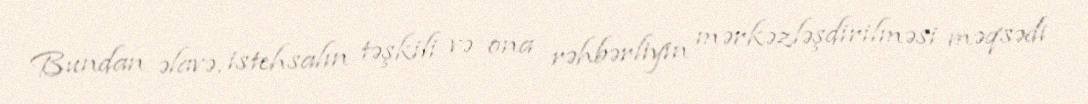
Bundan əlavə, istehsalın təşkili və ona rəhbərliyin mərkəzləşdirilməsi məqsədi